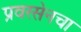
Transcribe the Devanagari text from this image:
प्रवरसेनचा